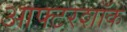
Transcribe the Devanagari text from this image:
आफ्टरशॉक